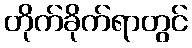
တိုက်ခိုက်ရာတွင်